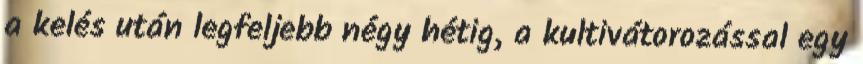
a kelés után legfeljebb négy hétig, a kultivátorozással egy